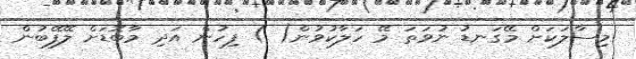
މިސާލަކަށް މޭގަނޑު ނުވަތަ މޭ ހަލާކުވުން( ) ފިހުން އަދި މާބޮޑަށް ލޭފޭބުން